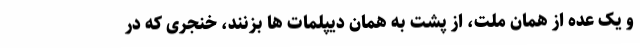
و یک عده از همان ملت، از پشت به همان دیپلمات ها بزنند، خنجری که در